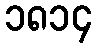
၁၈၁၄